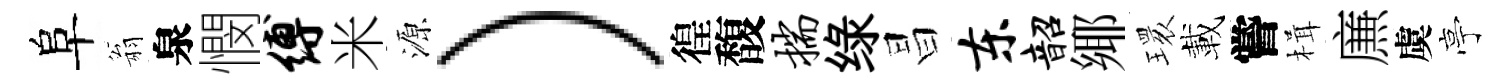
阜翁泉憫缚米源）徨馥揣绿昌东韶鄊𤨔載嘗楫㢘虞亭